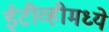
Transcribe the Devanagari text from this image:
ईटीव्हीमध्ये